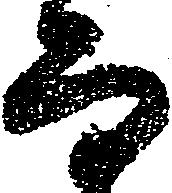
而